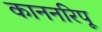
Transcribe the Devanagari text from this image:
काननरिपू